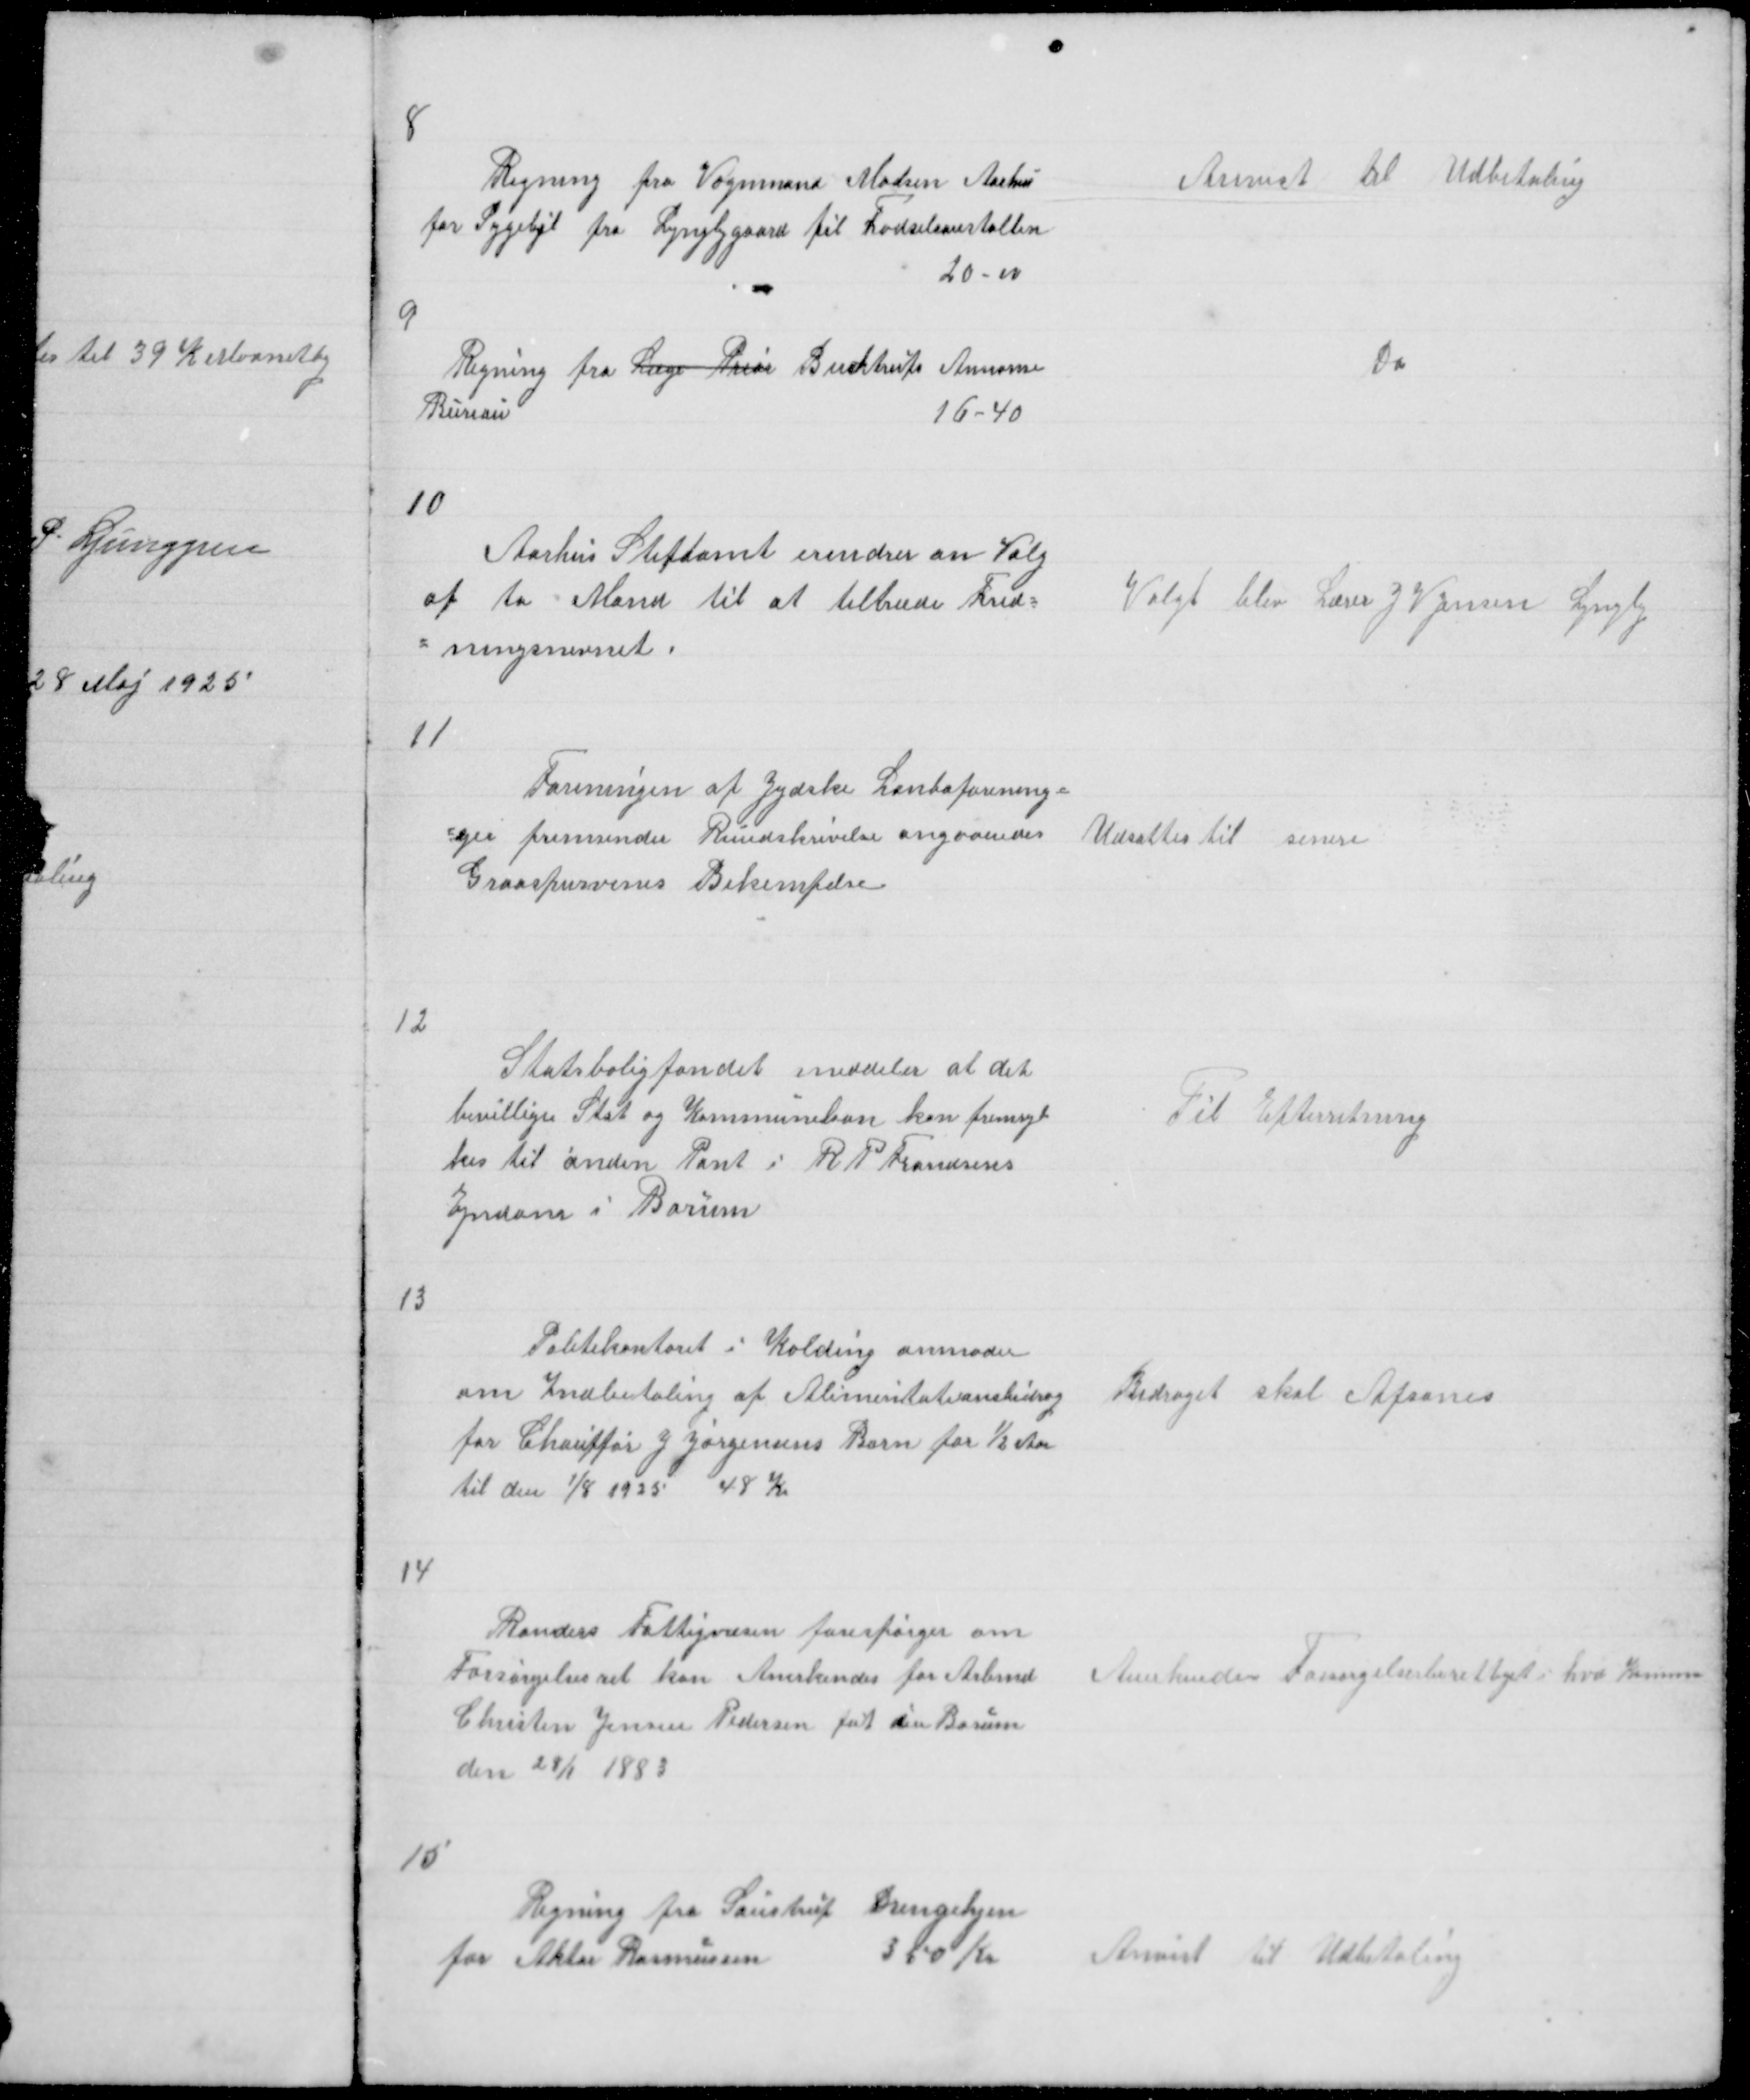
Transskription:
8

Regning fra Vognmand Madsen Aarhus
for Sygebil fra Lyngbygaard til Fødselsanstalten
20 00

Anvist til Udbetaling

9

Regning fra Læge Prior Buchtrups Annonse
Bureau
16 - 40

Do

10

Aarhus Stiftamt erindrer om Valg
af to Mand til at tiltræde Fred =
= ningsnevnet

Valgt blev Lærer J V Jensen Lyngby

11

Foreningen for Jydske Lanboforening =
= ger fremsender Rundskrivelse angaaendes
Graaspurvenes Bekempelse

Udsattes til senere

12

Statsboligfondet meddeler at det
bevillige Stat og Kommunelaan kan fremryk
kes til anden Pant i R P Frandsens
Ejndom i Borum

Til Efterretning

13

Politikontoret i Kolding anmoder
om Indbetaling af Alimentationdbidrag
for Chauffør J Jørgensens Barn for ½ Aar
til den 1/8 1925 48 K

Bidraget skal Afsones

14

Randers Fattigvæsen forespørger om
Forsørgelsesret kan Anerkendes for Arbmd
Christen Jensen Pedersen føt i Borum
den 28/1 1883

Anerkendes Forsørgelsesberettiget i hvd Komm

15

Regning fra Saustrup Drengehjem
for Aktor Rasmussen
350 Kr

Anvist til Udbetaling